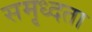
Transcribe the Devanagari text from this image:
समृध्दता